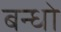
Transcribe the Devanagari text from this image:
बन्धो